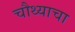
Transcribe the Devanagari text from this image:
चौथ्याचा